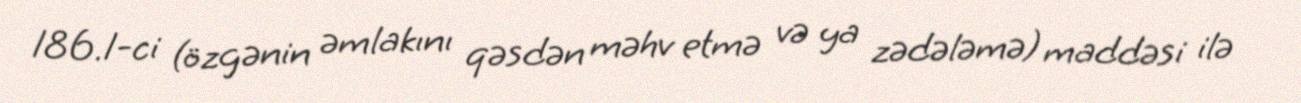
186.1-ci (özgənin əmlakını qəsdən məhv etmə və ya zədələmə) maddəsi ilə